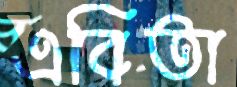
এবিতা